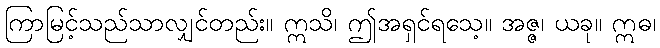
ကြာမြင့်သည်သာလျှင်တည်း။ ဣသိ၊ ဤအရှင်ရသေ့။ အဇ္ဇ၊ ယခု။ ဣဓ၊